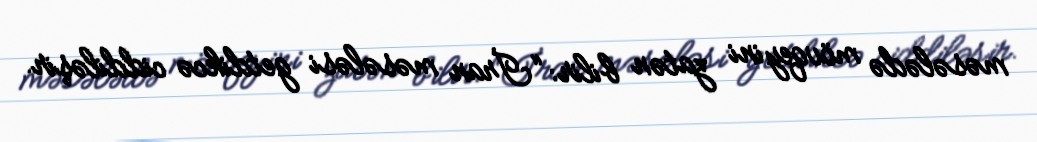
məsələdə mövqeyini zatən bilir: “İran məsələsi getdikcə ciddiləşir.